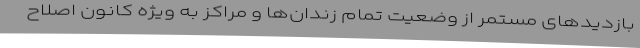
بازدیدهای مستمر از وضعیت تمام زندان‌ها و مراکز به ویژه کانون اصلاح